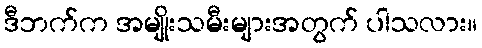
ဒီဘက်က အမျိုးသမီးများအတွက် ပါသလား။